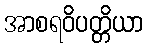
အာစရဝိပတ္တိယာ